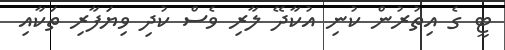
ޓީ ގެ އިތުރުން ކުނި އުކާދޭ ލާރި ވެސް ކުދި ވިޔަފާރި ތަކާއި